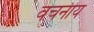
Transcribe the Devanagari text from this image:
वचनीय